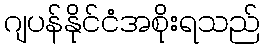
ဂျပန်နိုင်ငံအစိုးရသည်